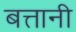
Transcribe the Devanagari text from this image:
बत्तानी